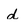
Character: d